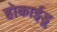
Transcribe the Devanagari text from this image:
होकाईडू